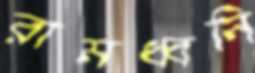
রামধ্বনি